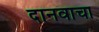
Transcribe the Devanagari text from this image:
दानवाचा